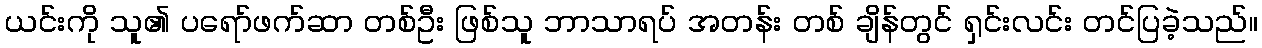
ယင်းကို သူ၏ ပရော်ဖက်ဆာ တစ်ဦး ဖြစ်သူ ဘာသာရပ် အတန်း တစ် ချိန်တွင် ရှင်းလင်း တင်ပြခဲ့သည်။